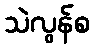
သဲလွန်စ